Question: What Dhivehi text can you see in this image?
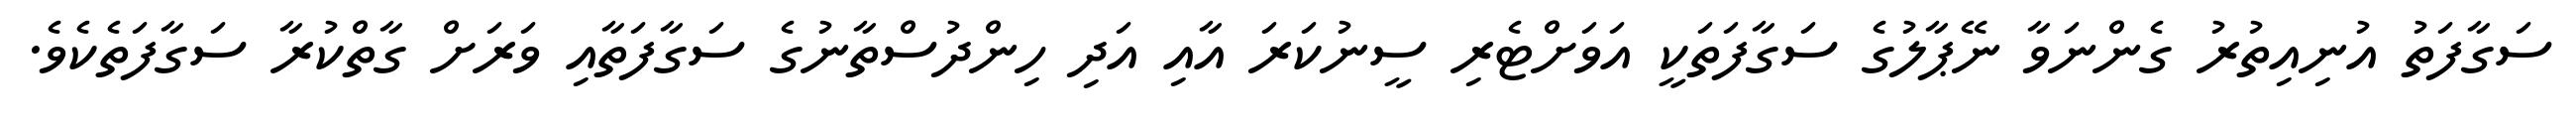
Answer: ސަގާފަތު އުނިއިތުރު ގެންނަވާ ނޭޕާލުގެ ސަގާފަތަކީ އަވަށްޓެރި ސީނުކަރަ އާއި އަދި ހިންދުސްތާނުގެ ސަގާފަތާއި ވަރަށް ގާތްކުރާ ސަގާފަތެކެވެ.